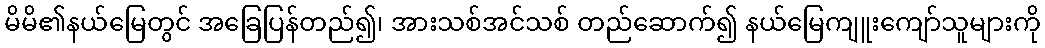
မိမိ၏နယ်မြေတွင် အခြေပြန်တည်၍၊ အားသစ်အင်သစ် တည်ဆောက်၍ နယ်မြေကျူးကျော်သူများကို